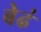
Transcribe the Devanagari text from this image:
बेढं